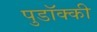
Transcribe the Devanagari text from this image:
पुडॉक्की